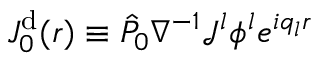
J _ { 0 } ^ { \mathrm { d } } ( \boldsymbol { r } ) \equiv \hat { P } _ { 0 } \nabla ^ { - 1 } \mathcal { J } ^ { l } { \phi } ^ { l } e ^ { i q _ { l } \boldsymbol { r } }